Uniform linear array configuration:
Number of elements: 24
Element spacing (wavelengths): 0.75
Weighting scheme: kaiser
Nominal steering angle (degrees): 0
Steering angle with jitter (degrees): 1.587
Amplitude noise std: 0.05
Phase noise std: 0.05

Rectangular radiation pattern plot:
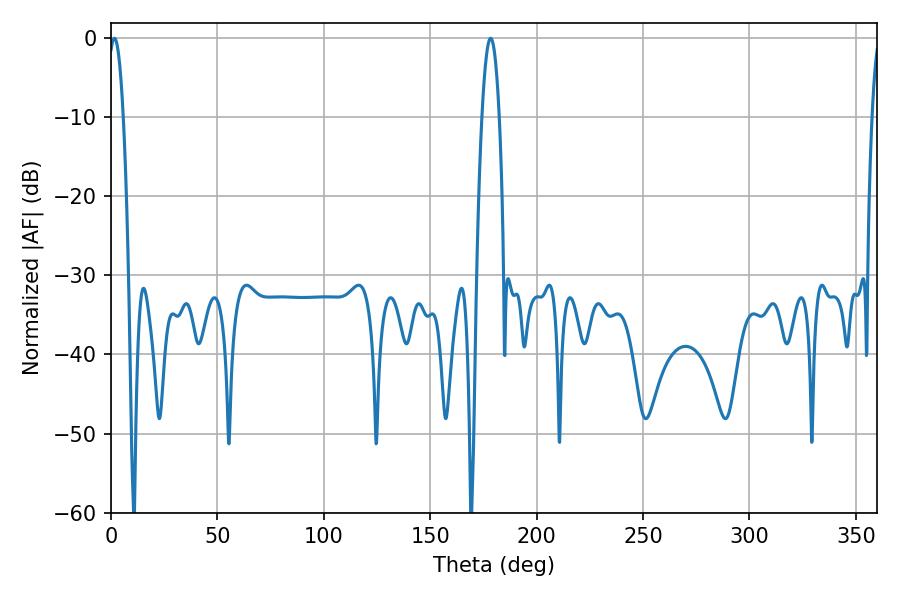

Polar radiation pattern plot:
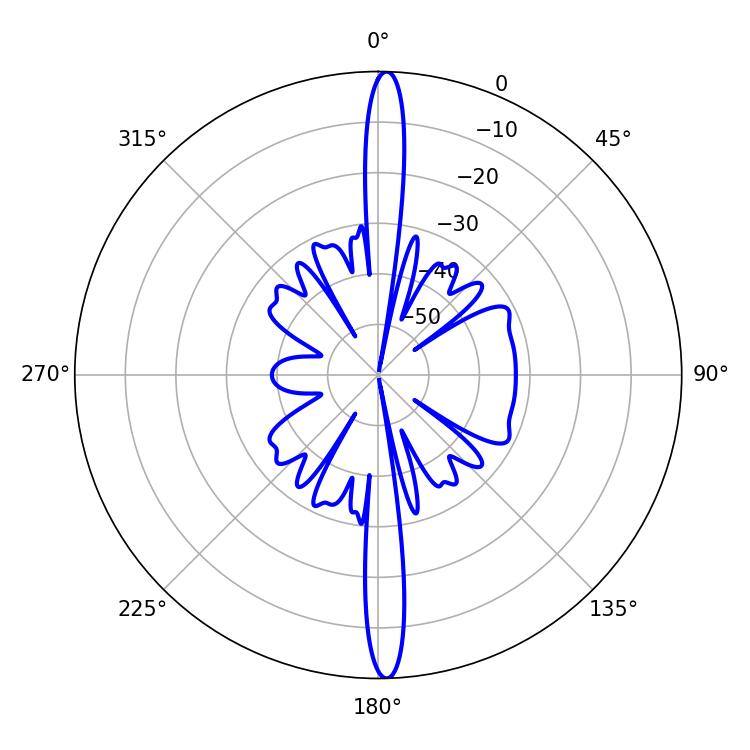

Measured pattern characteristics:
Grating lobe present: TRUE
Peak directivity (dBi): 25.799
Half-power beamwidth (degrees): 4.32
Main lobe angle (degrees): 178.38